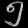
Digit: ၅